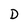
Character: D